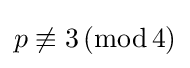
p\not \equiv 3\,({\text{mod}}\,4)